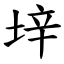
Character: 垶